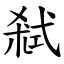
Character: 弒